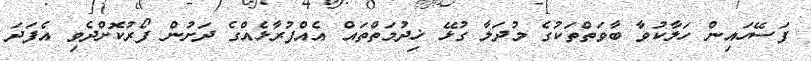
ފަސޭހައިން ހަލާކުވާ ބާވަތްތަކުގެ މުދަލާ ގުޅޭ ޚިދުމަތްތައް އެއްފުރާޅެއްގެ ދަށުން ފޯރުކޮށްދެވި އެފަދަ